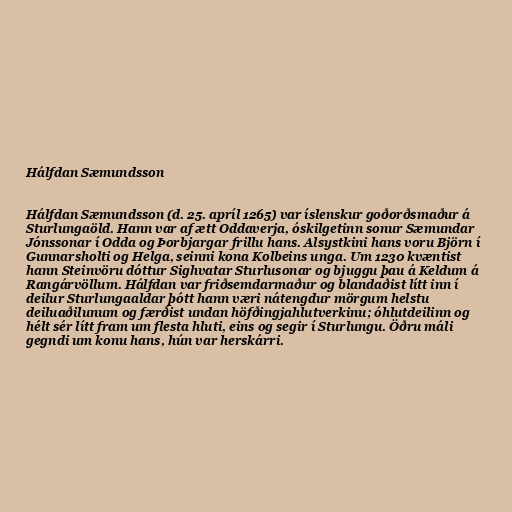
Hálfdan Sæmundsson

Hálfdan Sæmundsson (d. 25. apríl 1265) var íslenskur goðorðsmaður á
Sturlungaöld. Hann var af ætt Oddaverja, óskilgetinn sonur Sæmundar
Jónssonar í Odda og Þorbjargar frillu hans. Alsystkini hans voru Björn í
Gunnarsholti og Helga, seinni kona Kolbeins unga. Um 1230 kvæntist
hann Steinvöru dóttur Sighvatar Sturlusonar og bjuggu þau á Keldum á
Rangárvöllum. Hálfdan var friðsemdarmaður og blandaðist lítt inn í
deilur Sturlungaaldar þótt hann væri nátengdur mörgum helstu
deiluaðilunum og færðist undan höfðingjahlutverkinu; óhlutdeilinn og
hélt sér lítt fram um flesta hluti, eins og segir í Sturlungu. Öðru máli
gegndi um konu hans, hún var herskárri.